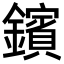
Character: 鑌